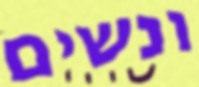
ונשים